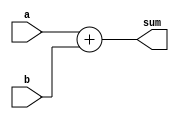
module adder_block (
    input wire a,
    input wire b,
    output wire sum
);

assign sum = a + b;

endmodule